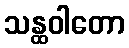
သန္ထဝါတော